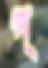
প্